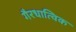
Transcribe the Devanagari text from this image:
गैरधात्विक